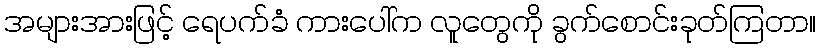
အများအားဖြင့် ရေပက်ခံ ကားပေါ်က လူတွေကို ခွက်စောင်းခုတ်ကြတာ။